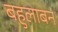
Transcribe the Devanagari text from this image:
बहुलाबन